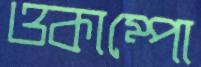
ওকাম্পো